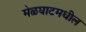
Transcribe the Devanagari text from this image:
मेळघाटमधील